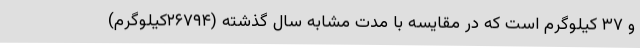
و ۳۷ کیلوگرم است که در مقایسه با مدت مشابه سال گذشته (۲۶۷۹۴کیلوگرم)